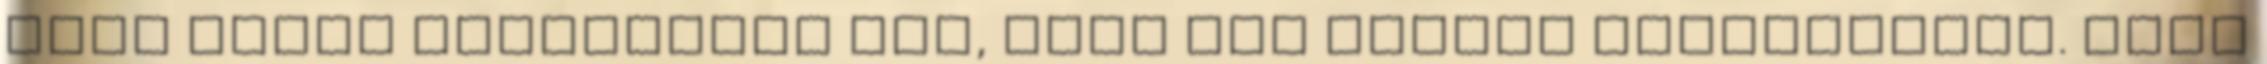
nagy témák határoznak meg, vagy nem emiatt maradandóak. Ezek